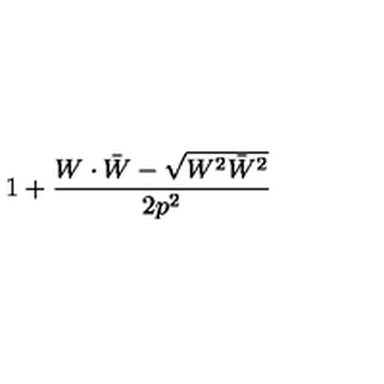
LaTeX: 1 + { \frac { W \cdot \bar { W } - \sqrt { W ^ { 2 } \bar { W } ^ { 2 } } } { 2 p ^ { 2 } } }